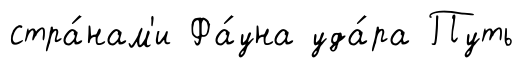
стра́нам'и Фа́уна уда́ра Путь